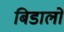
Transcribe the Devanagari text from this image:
बिडालों